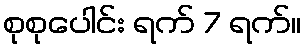
စုစုပေါင်း ရက် 7 ရက်။